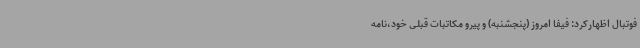
فوتبال اظهارکرد: فیفا امروز (پنجشنبه) و پیرو مکاتبات قبلی خود،نامه